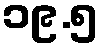
၁၉.၅